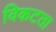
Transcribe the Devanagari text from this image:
विकटता